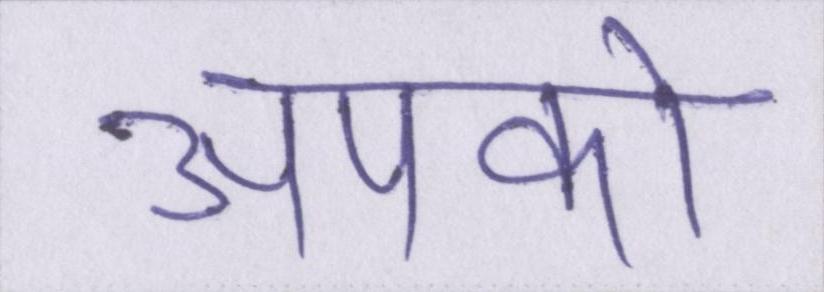
आपको